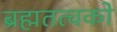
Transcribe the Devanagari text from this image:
ब्रह्मतत्वको